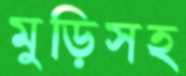
মুড়িসহ